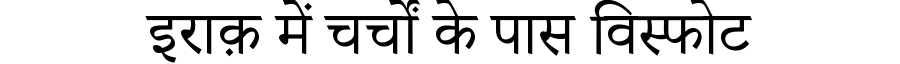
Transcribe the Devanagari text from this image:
इराक़ में चर्चों के पास विस्फोट